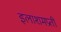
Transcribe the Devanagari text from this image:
इलाशमप्रती